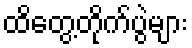
ထိတွေ့တိုက်ပွဲများ